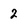
Character: 2